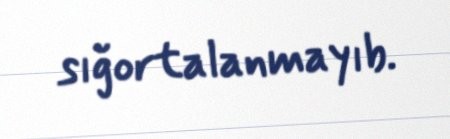
sığortalanmayıb.